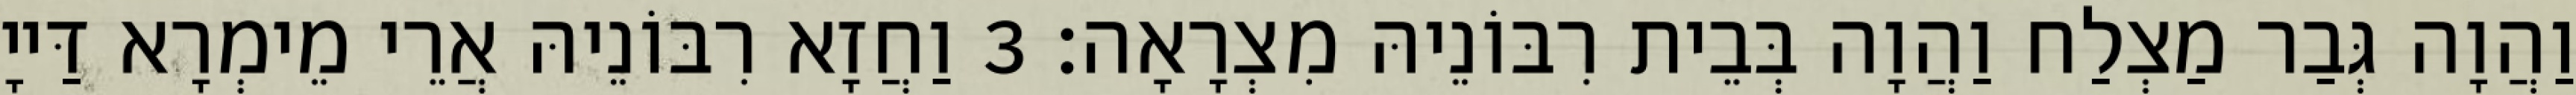
וַהֲוָה גְּבַר מַצְלַח וַהֲוָה בְּבֵית רִבּוֹנֵיהּ מִצְרָאָה׃ 3 וַחֲזָא רִבּוֹנֵיהּ אֲרֵי מֵימְרָא דַּייָ